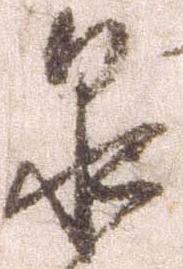
泉